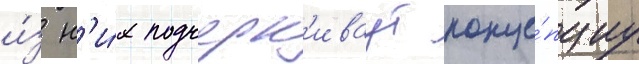
и́з н'и́х подчерк'иваут конце́пциу